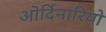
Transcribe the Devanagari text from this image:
ऒर्दिनारियो